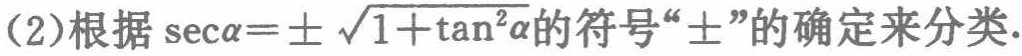
(2)根据\(\sec\alpha = \pm\sqrt{1 + \tan^{2}\alpha}\)的符号“\(\pm\)”的确定来分类.